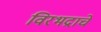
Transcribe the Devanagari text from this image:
विरभद्राचे